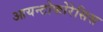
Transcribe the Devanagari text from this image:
आयन्टोफोरेसिस